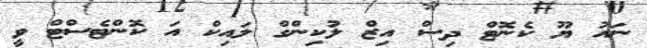
ނައު ޔޫ ކެނޮޓް ދިސް އިޒް ލުކިންގް ލައިކް އަ ކޮންޓެސްޓް ވީ